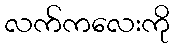
လက်ကလေးကို